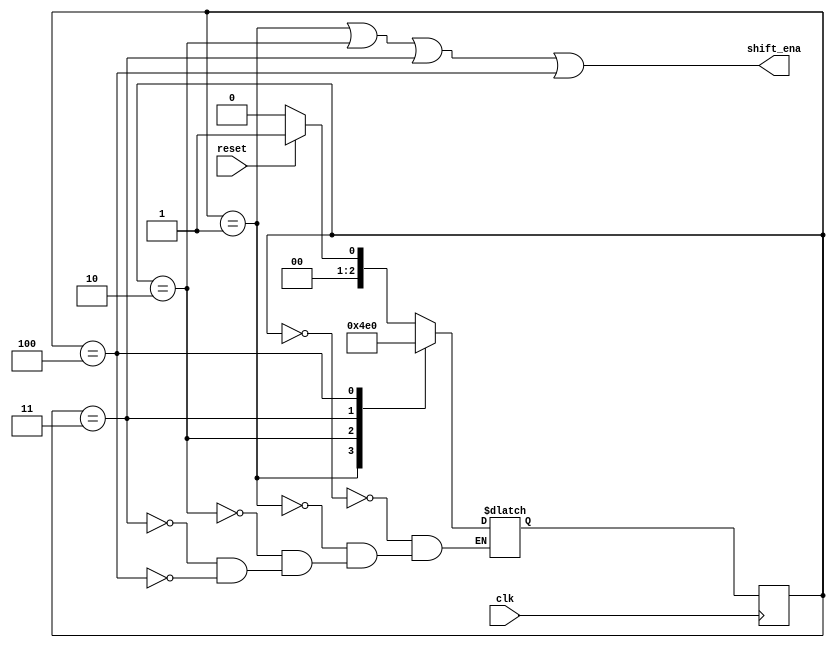
module top_module (
    input clk,
    input reset,      // Synchronous reset
    output shift_ena);
    
    parameter c0=3'd0, c1=3'd1, c2=3'd2, c3=3'd3, c4=3'd4;
    reg [2:0]   state, next_state;
    
    always@(*) begin
        case(state)
            c0:     next_state = reset ? c1 : c0;
            c1:     next_state = c2;
            c2:     next_state = c3;
            c3:     next_state = c4;
            c4:     next_state = c0;
        endcase
    end
    
    always@(posedge clk) begin
       state <= next_state; 
    end
    
    assign shift_ena = (state==c1 || state==c2 || state==c3 || state==c4);
    
endmodule